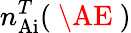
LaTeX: n_{\mathrm{Ai}}^{T}(\mathrm{~\AE~})